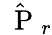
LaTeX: \hat{\mathrm{~\mathbf~P~}}_{r}